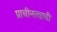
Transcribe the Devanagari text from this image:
प्राचीनत्वाची